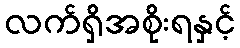
လက်ရှိအစိုးရနှင့်